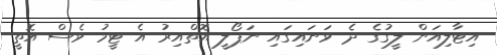
އިޓާލިއަން ލީގުގެ ދެ ވަނައިގައި ނަޕޯލީ އޮތްއިރު އެ ޓީމު ވެސް އޮތީ